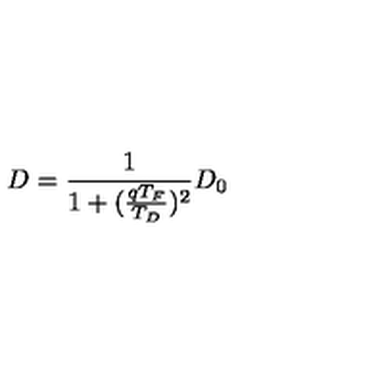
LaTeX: D = \frac { 1 } { 1 + ( \frac { q T _ { F } } { T _ { D } } ) ^ { 2 } } D _ { 0 }